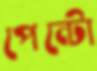
পেন্টো